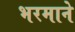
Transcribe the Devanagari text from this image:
भरमाने